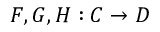
F , G , H : C \to D